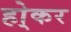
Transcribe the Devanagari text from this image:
हो्कर